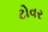
ટોવર